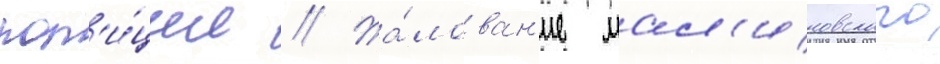
пол'и́ции // Жа́лован'ие мал'иновского